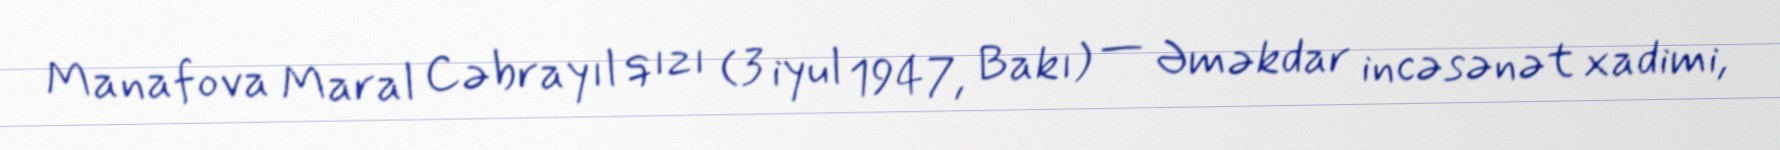
Manafova Maral Cəbrayıl qızı (3 iyul 1947, Bakı) — Əməkdar incəsənət xadimi,